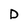
Character: D